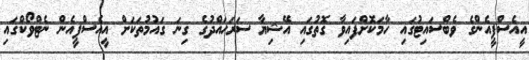
އީއެސްޕީއެންގެ ވެބްސައިޓުގައި ހާމަކޮށްފައިވާ ގޮތުގައި އޭޝިޔާ ސަރަހައްދުގެ ގިނަ ގައުމުތަކަށް އީއެސްޕީއެން ނެޓްވޯކްގައި